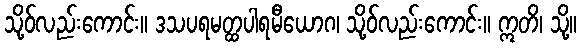
သို့ဝ်လည်းကောင်း။ ဒသပရမတ္ထပါရမီယောဂ၊ သို့ဝ်လည်းကောင်း။ ဣတိ၊ သို့။